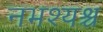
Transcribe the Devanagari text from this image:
नभश्यश्च